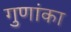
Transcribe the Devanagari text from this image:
गुणांका